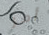
أمر